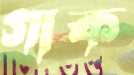
গাক